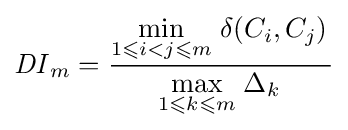
{\mathit {DI}}_{m}={\frac {{\underset {1\leqslant i<j\leqslant m}{\text{min}}}\left.\delta (C_{i},C_{j})\right.}{{\underset {1\leqslant k\leqslant m}{\text{max}}}\left.\Delta _{k}\right.}}